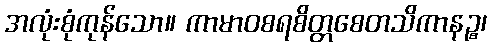
အလုံးစုံကုန်သော။ ကာမာဝစရစိတ္တစေတသိကာနဉ္စ၊